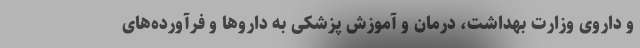
و داروی وزارت بهداشت، درمان و آموزش پزشکی به داروها و فرآورده‌های